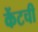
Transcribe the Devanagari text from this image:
केंटची